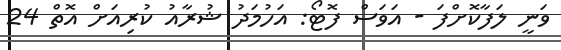
ވަނީ ލަފާކޮށްފަ - އަވަސް ފޮޓޯ: އަހުމަދު ޝުރާއު ކުރިއަށް އޮތް 24